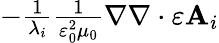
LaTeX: \begin{array}{r}{-\frac{1}{\lambda_{i}}\frac{1}{\varepsilon_{0}^{2}\mu_{0}}\nabla\nabla\cdot\varepsilon\mathbf{A}_{i}}\end{array}